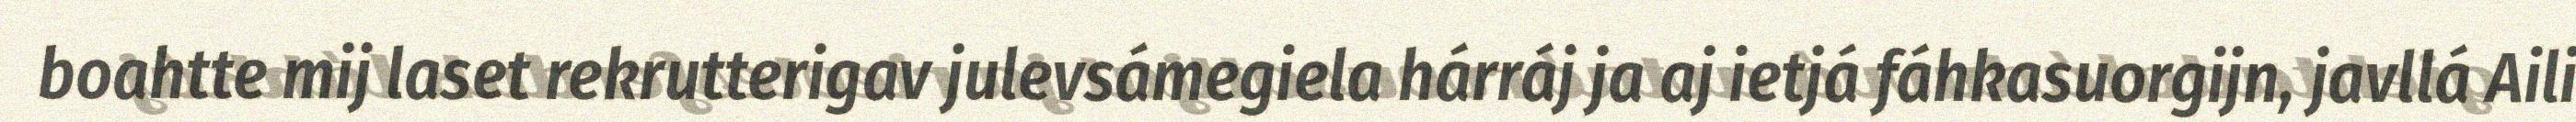
boahtte mij laset rekrutterigav julevsámegiela hárráj ja aj ietjá fáhkasuorgijn, javllá Aili